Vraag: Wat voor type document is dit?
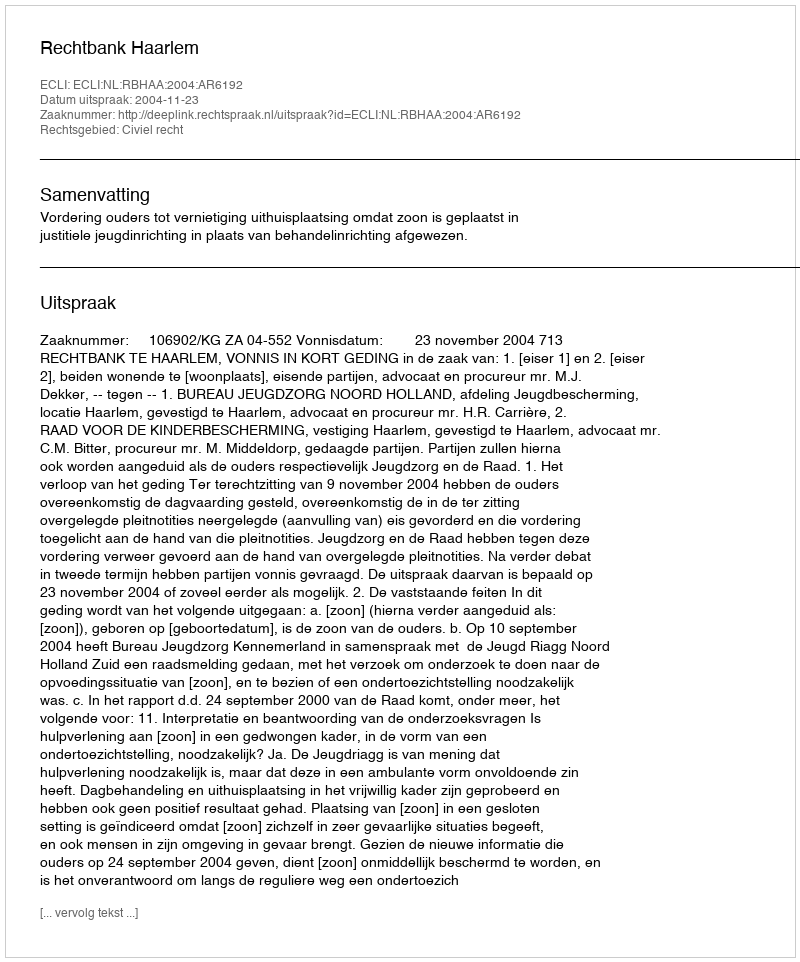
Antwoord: Uitspraak